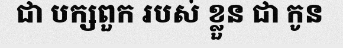
ជា បក្សពួក របស់ ខ្លួន ជា កូន